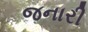
જનારી